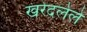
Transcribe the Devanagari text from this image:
खरेदलेले